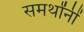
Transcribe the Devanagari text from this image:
समर्थांनीं